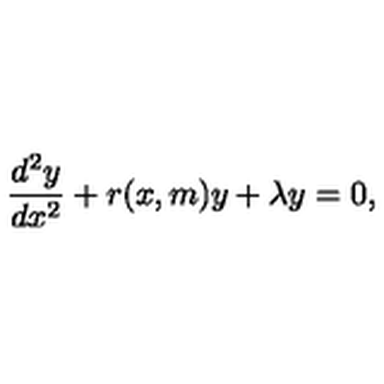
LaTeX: \frac { d ^ { 2 } y } { d x ^ { 2 } } + r ( x , m ) y + \lambda y = 0 ,